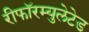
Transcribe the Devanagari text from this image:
रीफॉरम्युलेटेड